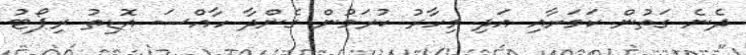
ދެނެ ގަތުން ކަމަށާއި އަދި މިހާރު ކުރަމުން ގެންދާ ހާއްސަ އޮޑިތު ރިޕޯޓު